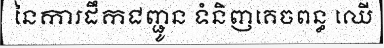
នៃការដឹកជញ្ជូន ទំនិញគេចពន្ធ ឈើ